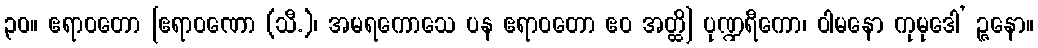
၃၀။ ဧရာဝတော [ဧရာဝဏော (သီ.)၊ အမရကောသေ ပန ဧရာဝတော ဧဝ အတ္ထိ] ပုဏ္ဍရီကော၊ ဝါမနော ကုမုဒေါ’ ဉ္ဇနော။